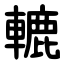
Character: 轆